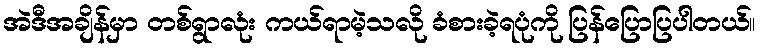
အဲဒီအချိန်မှာ တစ်ရွာလုံး ကယ်ရာမဲ့သလို ခံစားခဲ့ရပုံကို ပြန်ပြောပြပါတယ်။